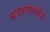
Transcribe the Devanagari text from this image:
थालावात्तोम